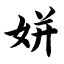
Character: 姘